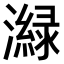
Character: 𤀼